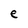
Character: e